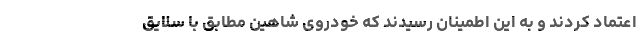
اعتماد کردند و به این اطمینان رسیدند که خودروی شاهین مطابق با سلایق